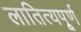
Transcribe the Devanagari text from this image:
लातित्यपूर्ण